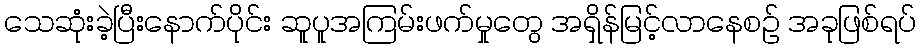
သေဆုံးခဲ့ပြီးနောက်ပိုင်း ဆူပူအကြမ်းဖက်မှုတွေ အရှိန်မြင့်လာနေစဉ် အခုဖြစ်ရပ်